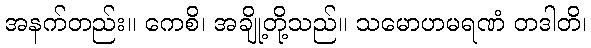
အနက်တည်း။ ကေစိ၊ အချို့တို့သည်။ သမောဟမရဏံ တဒါတိ၊